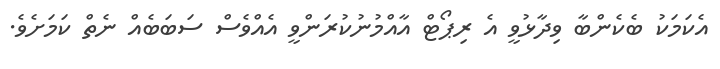
އެކަމަކު ބެކެންބާ ވިދާޅުވީ އެ ރިޕޯޓް އާއްމުނުކުރަންވީ އެއްވެސް ސަބަބެއް ނެތް ކަމަށެވެ.